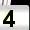
Digit: 4